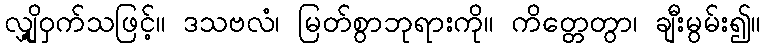
လျှို့ဝှက်သဖြင့်။ ဒသဗလံ၊ မြတ်စွာဘုရားကို။ ကိတ္တေတွာ၊ ချီးမွမ်း၍။